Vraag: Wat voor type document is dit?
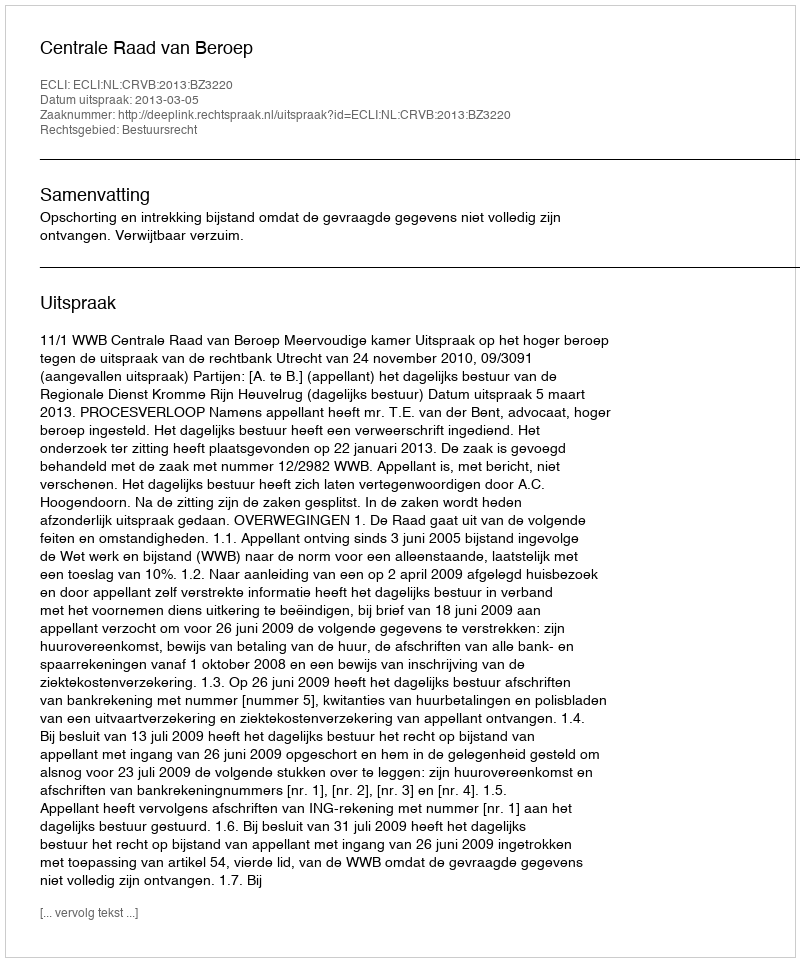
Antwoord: Uitspraak